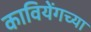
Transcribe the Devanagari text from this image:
कावियेंगच्या